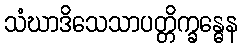
သံဃာဒိသေသာပတ္တိက္ခန္ဓေန